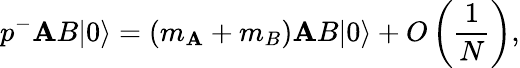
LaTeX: p^{-}\mathbf{A}B|0\rangle=(m_{\mathbf{A}}+m_{B})\mathbf{A}B|0\rangle+O\left(\frac{{1}}{{N}}\right),